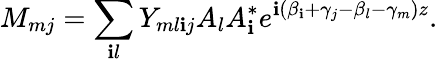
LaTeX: M_{mj}=\sum_{\mathbf{i}l}Y_{ml\mathbf{i}j}A_{l}A_{\mathbf{i}}^{*}e^{\mathbf{i}(\beta_{\mathbf{i}}+\gamma_{j}-\beta_{l}-\gamma_{m})z}.